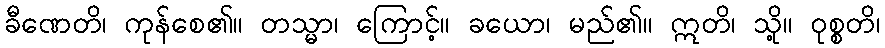
ခီဏေတိ၊ ကုန်စေ၏။ တသ္မာ၊ ကြောင့်။ ခယော၊ မည်၏။ ဣတိ၊ သို့။ ဝုစ္စတိ၊